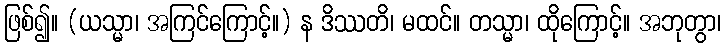
ဖြစ်၍။ (ယသ္မာ၊ အကြင်ကြောင့်။) န ဒိဿတိ၊ မထင်။ တသ္မာ၊ ထိုကြောင့်။ အဘုတွာ၊